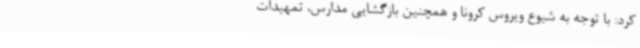
کرد: با توجه به شیوع ویروس کرونا و همچنین بازگشایی مدارس، تمهیدات